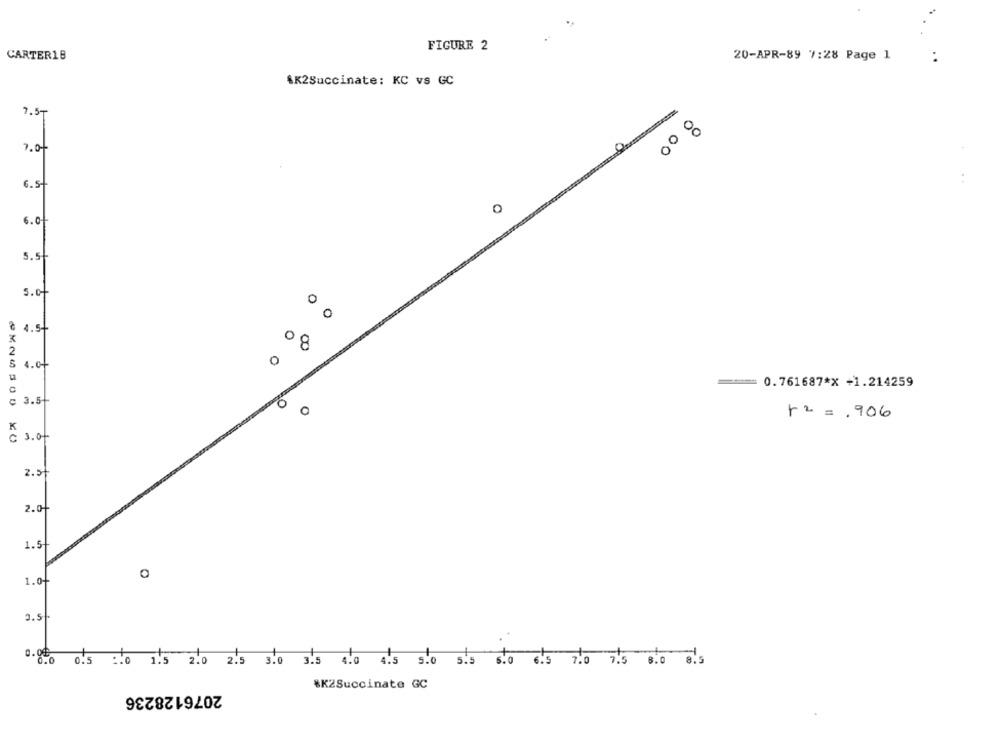
FIGURE 2
CARTER18
20-APR-89 7:28 Page 1
AK2Succinate: KC vs GC
7.5-
00 8
7.0+
6.5
0
s. of
5.5
s. of
à 4.5-
00
2
4.04
0
=== 0.761687*X +1.214259
3.54
+2 = . 906
K
C 3. of
2.5
2.0+
1.5
1.0
3.5.
0.00
0.5
:NO 1.5 2.0 2.5 3.0 3.5 4.0 4.5 5.0 5.5 6.0 6.5
7.0
2076128236
#K2Succinate GC